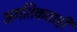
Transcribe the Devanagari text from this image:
अगतिकताही